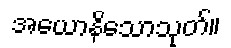
အယောနိသောသုတ်။